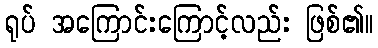
ရုပ် အကြောင်းကြောင့်လည်း ဖြစ်၏။